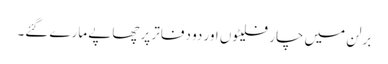
برلن میں چار فلیٹوں اور دو دفاتر پر چھاپے مارے گئے۔